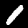
Digit: 1